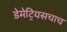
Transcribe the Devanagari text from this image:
डेमेट्रियसचाच